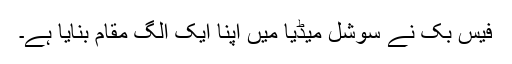
فیس بک نے سوشل میڈیا میں اپنا ایک الگ مقام بنایا ہے۔